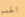
الحمم